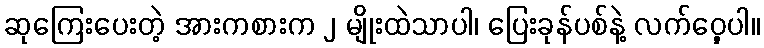
ဆုကြေးပေးတဲ့ အားကစားက ၂ မျိုးထဲသာပါ၊ ပြေးခုန်ပစ်နဲ့ လက်ဝှေ့ပါ။